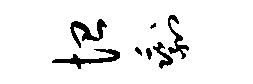
恤剩